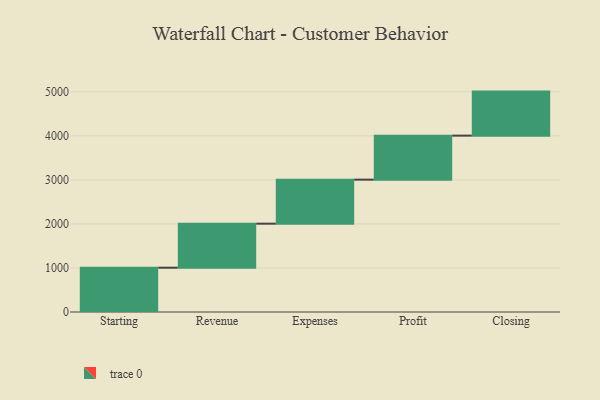
{"axis": {"x": "Step", "y": "Value"}, "legend": [""], "data": [{"x": "Starting", "y": 1006.0, "type": ""}, {"x": "Revenue", "y": 1000, "type": ""}, {"x": "Expenses", "y": 1000, "type": ""}, {"x": "Profit", "y": 1000, "type": ""}, {"x": "Closing", "y": 1000, "type": ""}]}